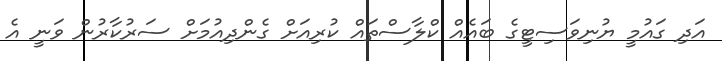
އަދި ގައުމީ ޔުނިވަސިޓީގެ ބައެއް ކްލާސްތައް ކުރިއަށް ގެންދިއުމަށް ސަރުކާރުން ވަނީ އެ